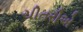
ચીતરીએ